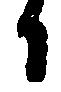
日